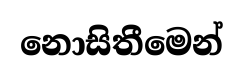
නොසිතීමෙන්